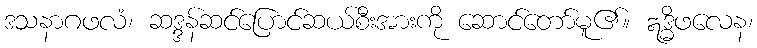
ဒသနာဂဖလံ၊ ဆဒ္ဒန်ဆင်ပြောင်ဆယ်စီးအားကို ဆောင်တော်မူ၏။ ဣဒ္ဓိဖလေန၊